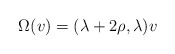
\begin{align*}\Omega (v) = (\lambda + 2 \rho, \lambda )v\end{align*}